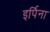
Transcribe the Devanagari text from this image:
इर्पिना